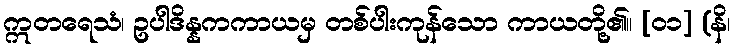
ဣတရေသံ၊ ဥပါဒိန္နကကာယမှ တစ်ပါးကုန်သော ကာယတို့၏။ [၀၁] (နိ၊